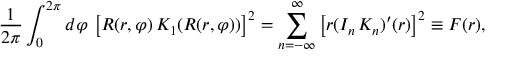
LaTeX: { \frac { 1 } { 2 \pi } } \int _ { 0 } ^ { 2 \pi } d \varphi \, \left[ R ( r , \varphi ) \, K _ { 1 } ( R ( r , \varphi ) ) \right] ^ { 2 } = \sum _ { n = - \infty } ^ { \infty } \left[ r ( I _ { n } \, K _ { n } ) ^ { \prime } ( r ) \right] ^ { 2 } \equiv F ( r ) ,